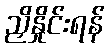
ညှိနှိုင်းရန်